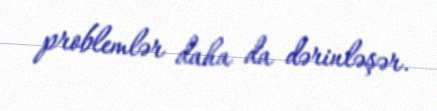
problemlər daha da dərinləşər.